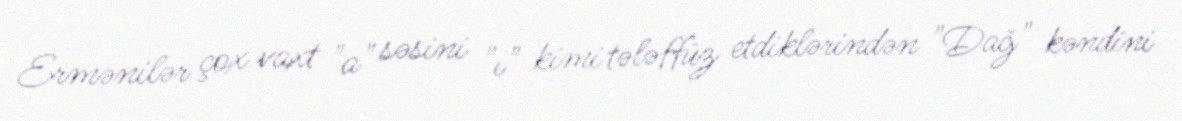
Ermənilər çox vaxt "a" səsini "ı" kimi tələffüz etdiklərindən "Dağ" kəndini